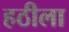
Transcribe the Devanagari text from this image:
हठीला